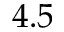
4 . 5